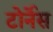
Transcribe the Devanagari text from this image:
टोर्नेस